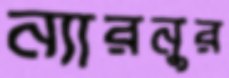
ন্যারনুর